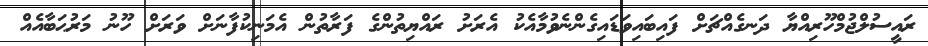
ރައީސުލްޖުމްހޫރިއްޔާ ދަނގެއްޗަށް ފައިބައިވަޑައިގެންނެވުމާއެކު އެރަށު ރައްޔިތުންގެ ފަރާތުން އެމަނިކުފާނަށް ވަރަށް ހޫނު މަރުޙަބާއެއް